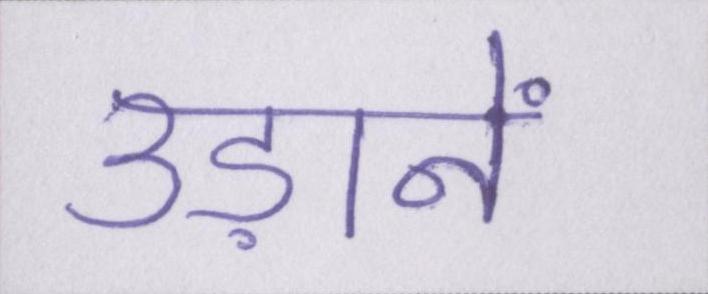
उड़ानें